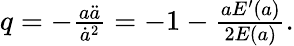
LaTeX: \begin{array}{r}{q=-\frac{a\ddot{a}}{\dot{a}^{2}}=-1-\frac{aE^{\prime}(a)}{2E(a)}.}\end{array}